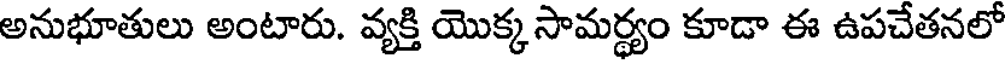
అనుభూతులు అంటారు. వ్యక్తి యొక్క సామర్థ్యం కూడా ఈ ఉపచేతనలో